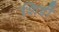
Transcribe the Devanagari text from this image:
शिडीं